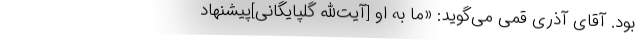
بود. آقای آذری قمی می‌گوید: «ما به او [آیت‌الله گلپایگانی]پیشنهاد